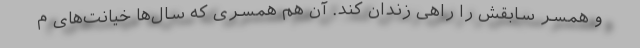
و همسر سابقش را راهی زندان کند. آن هم همسری که سال‌ها خیانت‌های م